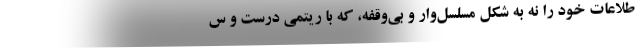
طلاعات خود را نه به شکل مسلسل‌وار و بی‌وقفه، که با ریتمی درست و س